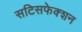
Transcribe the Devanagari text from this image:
सटिसफेक्शन